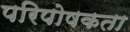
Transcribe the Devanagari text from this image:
परिपोषकता